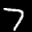
Label: 7